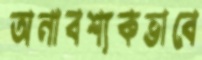
অনাবশ্যকভাবে